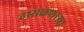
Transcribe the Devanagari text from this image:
ढासळणार्‍या